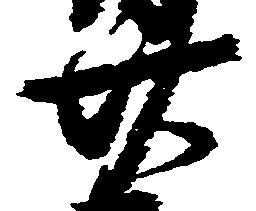
廿